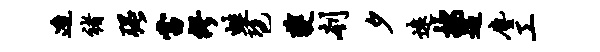
造褚强当缪蛙琶夔刳夕远按遇尘工